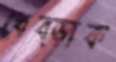
ধেব্‌ড়াক